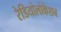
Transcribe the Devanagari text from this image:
रेडियोलोकेशन